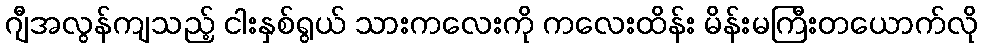
ဂျီအလွန်ကျသည့် ငါးနှစ်ရွယ် သားကလေးကို ကလေးထိန်း မိန်းမကြီးတယောက်လို